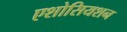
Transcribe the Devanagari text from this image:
एशोसियशन